Vaccination Hyderabad 1872-1889 - 1872-1889
Year: 1872
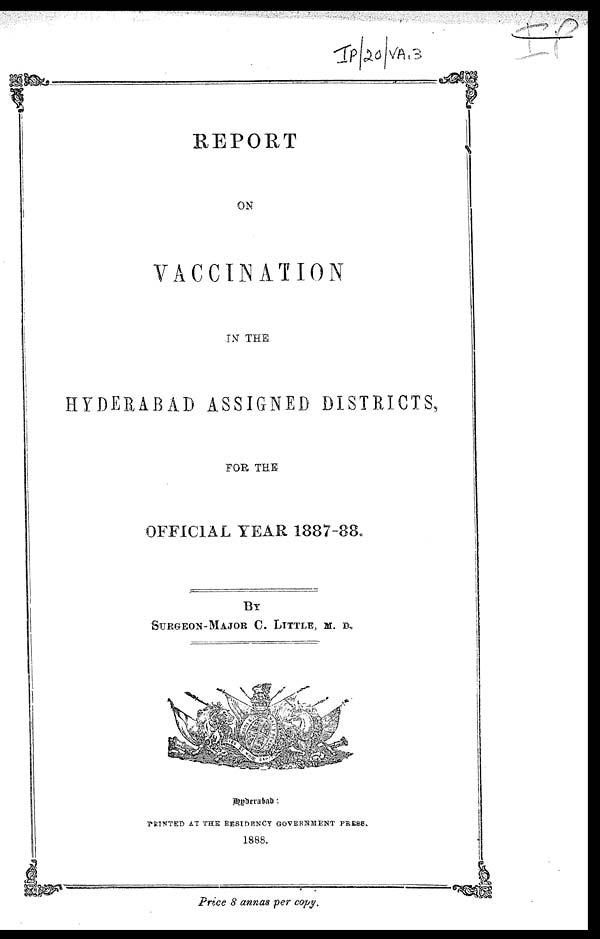
REPORT
ON
VACCINATION
IN THE
HYDERABAD ASSIGNED DISTRICTS,
FOR THE
OFFICIAL YEAR 1887-88.
BY
SURGEON-MAJOR C. LITTLE, M. D.
Hyderabad :
PRINTED AT THE RESIDENCY GOVERNMENT PRESS.
1888.
Price 8 annas per copy.